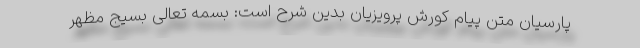
پارسیان متن پیام کورش پرویزیان بدین شرح است: بسمه تعالی بسیج مظهر